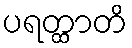
ပရတ္ထာတိ